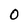
Character: 0